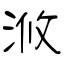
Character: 浟